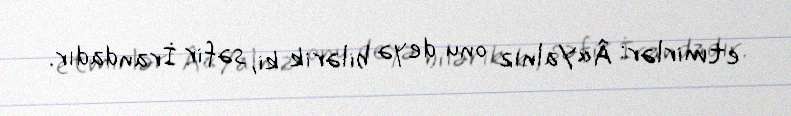
etmirlər: Â«Yalnız onu deyə bilərik ki, səfir İrandadır.